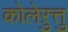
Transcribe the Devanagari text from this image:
कोलेऱुत्तु